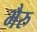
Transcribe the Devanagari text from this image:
भैरु